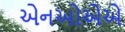
એનઓએએ